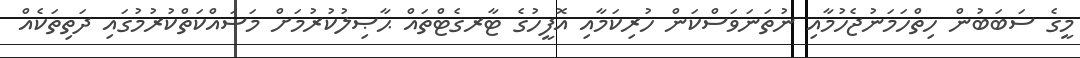
މީގެ ސަބަބުން ހިތްހަމަނުޖެހުމާއި ނުތަނަވަސްކަން ހުރިކަމާއި އޮފީހުގެ ޓާރގެޓްތައް ޙާޞިލުކުރުމަށް މަސައްކަތްކުރުމުގައި ދަތިތަކެއް